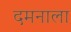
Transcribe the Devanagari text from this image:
दमनाला